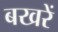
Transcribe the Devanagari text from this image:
बखरें